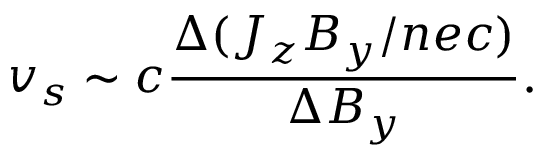
v _ { s } \sim c \frac { \Delta ( J _ { z } B _ { y } / n e c ) } { \Delta B _ { y } } .